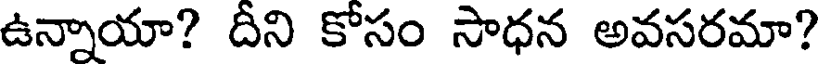
ఉన్నాయా? దీని కోసం సాధన అవసరమా?